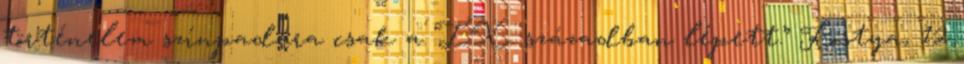
történelem színpadára csak a IX. században lépett.” Kostya, 12